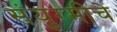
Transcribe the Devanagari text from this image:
संयुग्मीचे